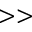
> >